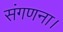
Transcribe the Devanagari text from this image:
संगणना।